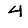
Digit: 4